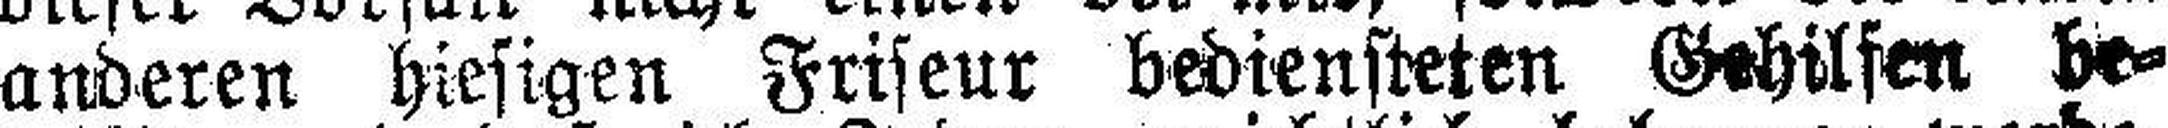
anderen hiesigen Friseur bediensteten Gehilfen be¬